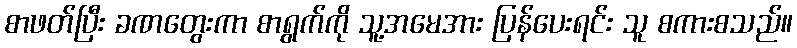
စာဖတ်ပြီး ခဏတွေးကာ စာရွက်ကို သူ့အမေအား ပြန်ပေးရင်း သူ စကားစသည်။